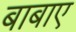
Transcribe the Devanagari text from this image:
बाबाए